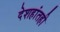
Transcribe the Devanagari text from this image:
देशहांतही